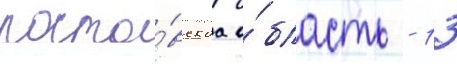
росто́вскаа о́бласть - 13